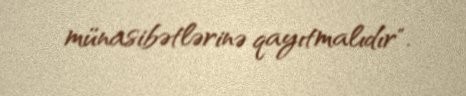
münasibətlərinə qayıtmalıdır".